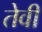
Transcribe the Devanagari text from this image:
तेवीं